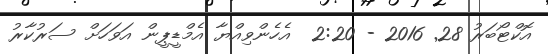
އޮކްޓޯބަރު 28